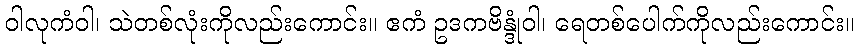
ဝါလုကံဝါ၊ သဲတစ်လုံးကိုလည်းကောင်း။ ဧကံ ဥဒကဗိန္ဒုံဝါ၊ ရေတစ်ပေါက်ကိုလည်းကောင်း။